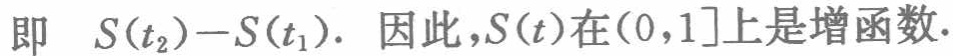
即 \(S(t_{2}) - S(t_{1})\). 因此，\(S(t)\)在\((0,1]\)上是增函数.